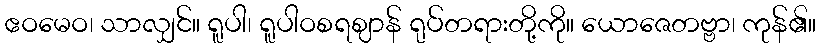
ဧဝမေဝ၊ သာလျှင်။ ရူပါ၊ ရူပါဝစရဈာန် ရုပ်တရားတို့ကို။ ယောဇေတဗ္ဗာ၊ ကုန်၏။